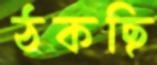
ঠকছি